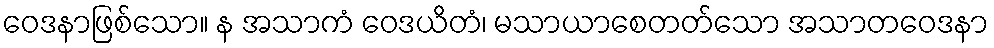
ဝေဒနာဖြစ်သော။ န အသာကံ ဝေဒယိတံ၊ မသာယာစေတတ်သော အသာတဝေဒနာ